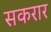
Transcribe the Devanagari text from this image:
सकरार